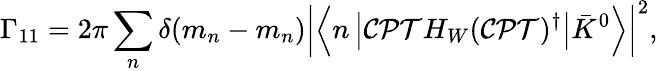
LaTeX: \Gamma_{11}=2\pi\sum_{n}\delta(m_{n}-m_{n})\left|\left<n\left|{\cal CPT}H_{W}({\cal CPT})^{\dagger}\right|\bar{K}^{0}\right>\right|^{2},